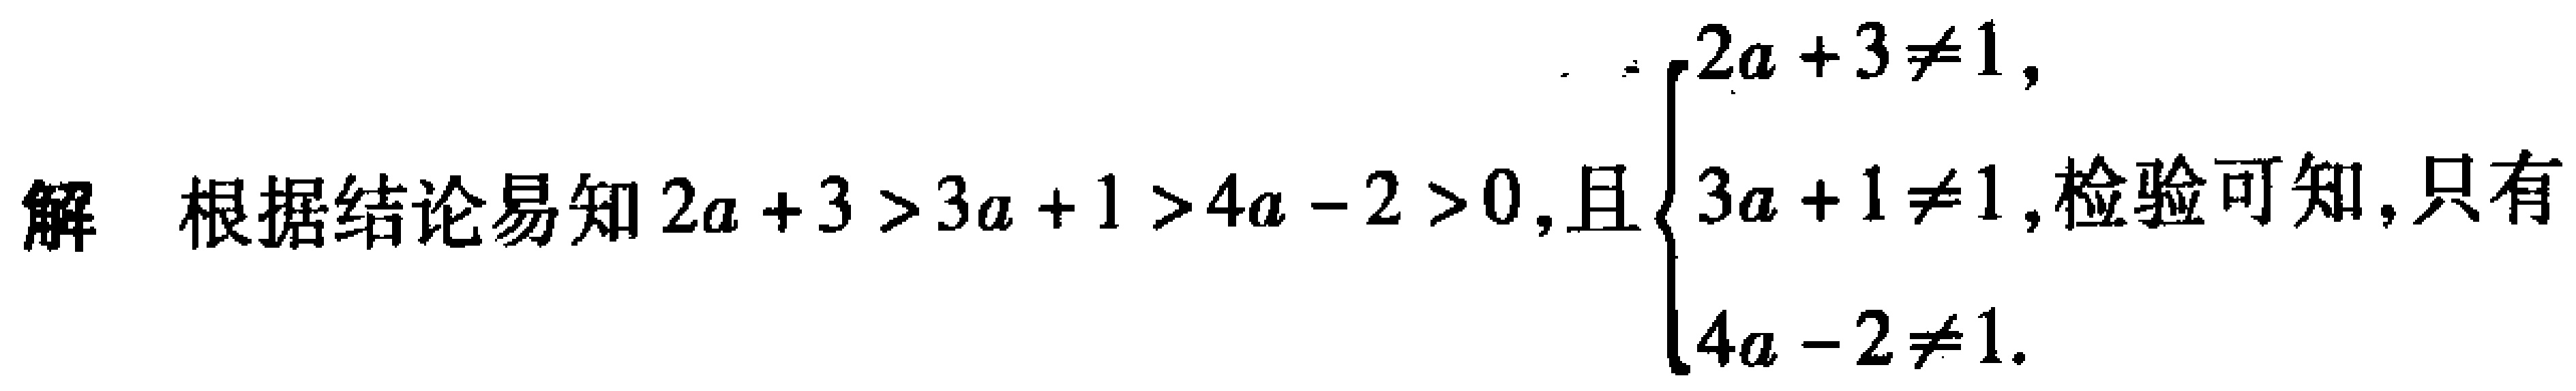
解 根据结论易知 \(2a + 3>3a + 1>4a - 2>0\)，且 \(\begin{cases}2a + 3\neq1,\\3a + 1\neq1,\\4a - 2\neq1.\end{cases}\)